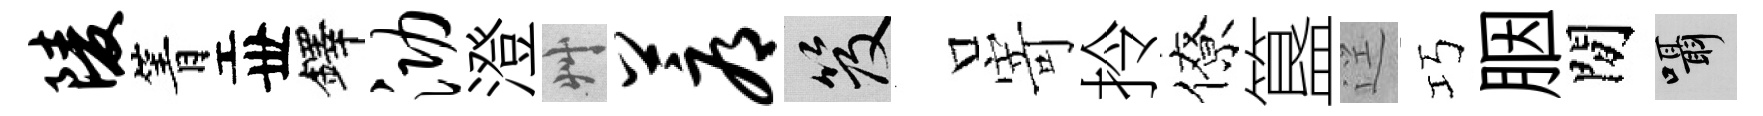
陵箐丗鐸泐澄艸蓐笈口寄拎僚簋逕巧胭閒囁